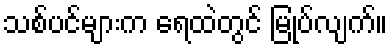
သစ်ပင်များက ရေထဲတွင် မြုပ်လျက်။